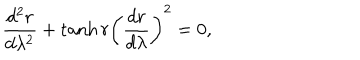
\frac { d ^ { 2 } r } { d \lambda ^ { 2 } } + \tanh r \left( \frac { d r } { d \lambda } \right) ^ { 2 } = 0 ,